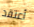
أعتقد